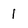
Character: 1